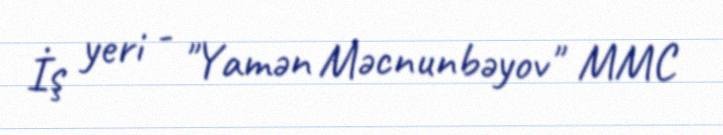
İş yeri - "Yamən Məcnunbəyov" MMC